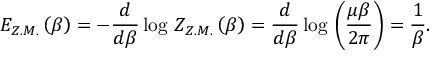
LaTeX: E _ { Z . M . } \left( \beta \right) = - \frac { d } { d \beta } \log \, Z _ { Z . M . } \left( \beta \right) = \frac { d } { d \beta } \log \, \left( \frac { \mu \beta } { 2 \pi } \right) = \frac { 1 } { \beta } .